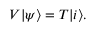
V | \psi \rangle = T | i \rangle .